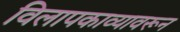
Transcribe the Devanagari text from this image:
विलापकाव्यावरून